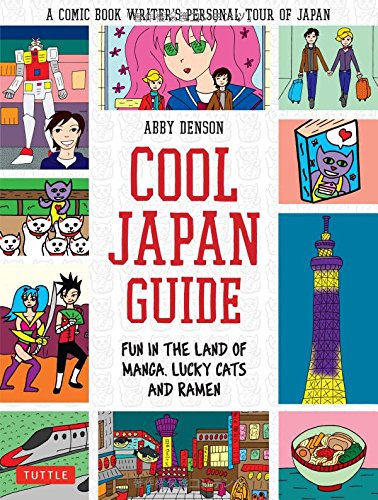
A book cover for Cool Japan Guide: Fun in the Land of Manga, Lucky Cats and Ramen; Abby Denson; Comics & Graphic Novels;